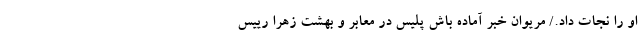
او را نجات داد./ مریوان خبر آماده باش پلیس در معابر و بهشت زهرا رییس